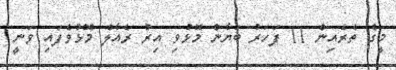
މީގެ ތެރެއިން 11 ފަހަރު ބަޔާން މޮޅުވި އިރު ރެއާލް މޮޅުވެފައި ވަނީ